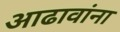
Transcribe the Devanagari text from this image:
आढावांना